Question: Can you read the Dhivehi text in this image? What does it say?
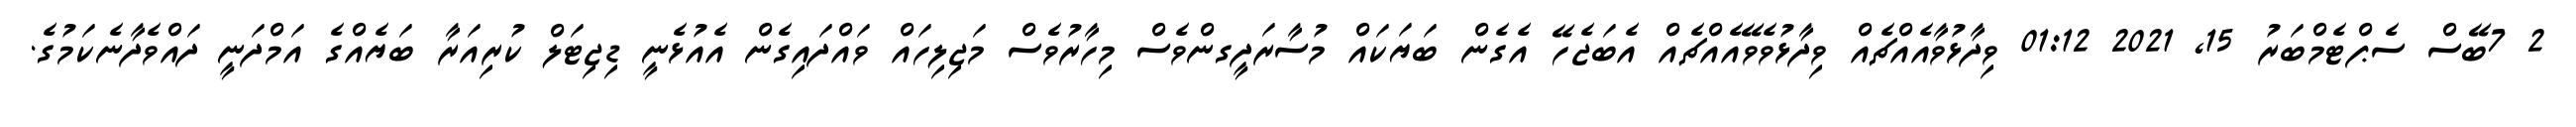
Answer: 2 7ބޭސް ސެޕްޓެމްބަރު 15, 2021 01:12 ވިދާޅުވާއެއްޗެއް ވިދާޅުވެވޭއެއްޗެއް އެބަޖެހޭ އެގެން ބަޔަކައް މުސާރަދީގންވެސް މިހާރުވެސް މަޖިލިހައް ވައްދައިގެން އެއުޅެނީ ޑިޖިޓަލް ކުރިއަރާ ބަޔެއްގެ އަމްދަނީ ދައްވެދާނެކަމުގެ.